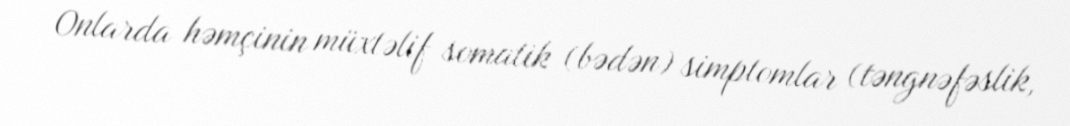
Onlarda həmçinin müxtəlif somatik (bədən) simptomlar (təngnəfəslik,